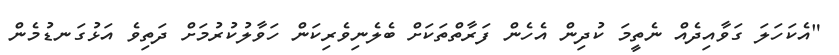
"އެކަހަލަ ގަވާއިދެއް ނެތީމަ ކުދިން އެހެން ފަރާތްތަކަށް ބެލެނިވެރިކަން ހަވާލުކުރުމަށް ދަތިވެ އަޅުގަނޑުމެން